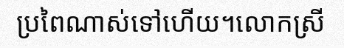
ប្រពៃណាស់ទៅហើយ។លោកស្រី